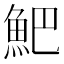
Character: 䰾